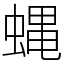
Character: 蝿